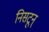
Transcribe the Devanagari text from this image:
निसटून्